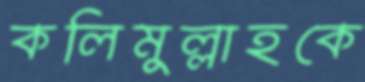
কলিমুল্লাহকে